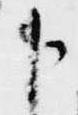
下